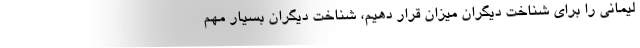
لیمانی را برای شناخت دیگران میزان قرار دهیم، شناخت دیگران بسیار مهم